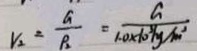
v _ { 2 } = \frac { G } { \rho _ { 2 } } = \frac { G } { 1 . 0 \times 1 0 ^ { 3 } / g / m ^ { 2 } }